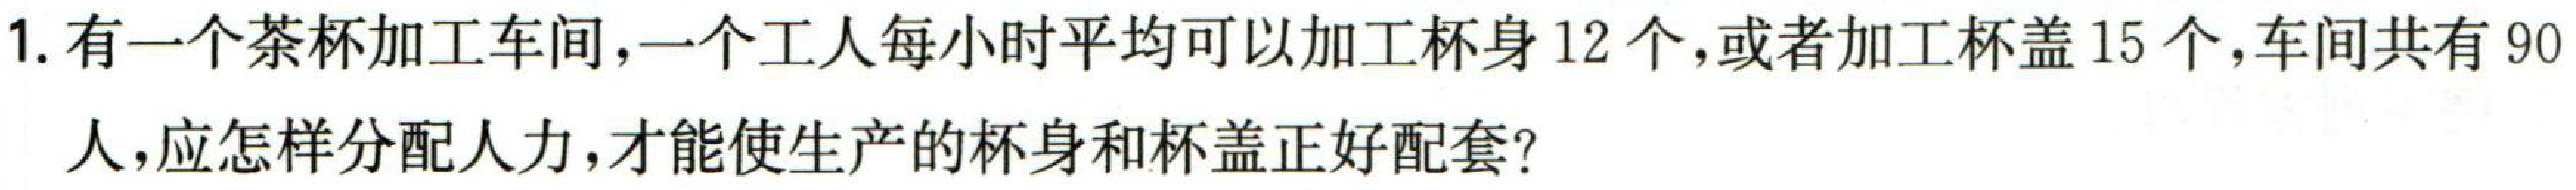
1. 有一个茶杯加工车间，一个工人每小时平均可以加工杯身12个，或者加工杯盖15个，车间共有90

人，应怎样分配人力，才能使生产的杯身和杯盖正好配套？